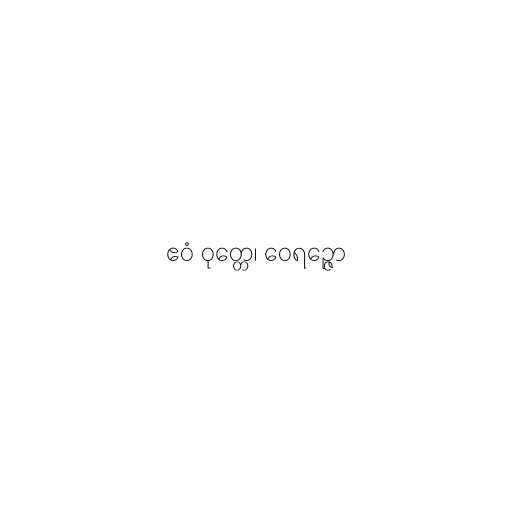
ဧဝံ ဝုတ္တေ၊ ဝေရဉ္ဇော